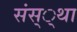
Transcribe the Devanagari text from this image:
संस््था